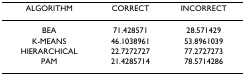
<table><thead><tr><td><b>ALGORITHM</b></td><td><b>CORRECT</b></td><td><b>INCORRECT</b></td></tr></thead><tbody><tr><td>BEA</td><td>71.428571</td><td>28.571429</td></tr><tr><td>K-MEANS</td><td>46.1038961</td><td>53.8961039</td></tr><tr><td>HIERARCHICAL</td><td>22.7272727</td><td>77.2727273</td></tr><tr><td>PAM</td><td>21.4285714</td><td>78.5714286</td></tr></tbody></table>